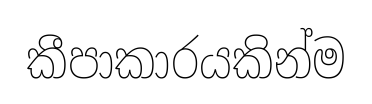
කීපාකාරයකින්ම